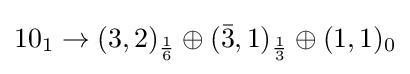
10_{1}\to (3,2)_{\frac {1}{6}}\oplus ({\bar {3}},1)_{\frac {1}{3}}\oplus (1,1)_{0}